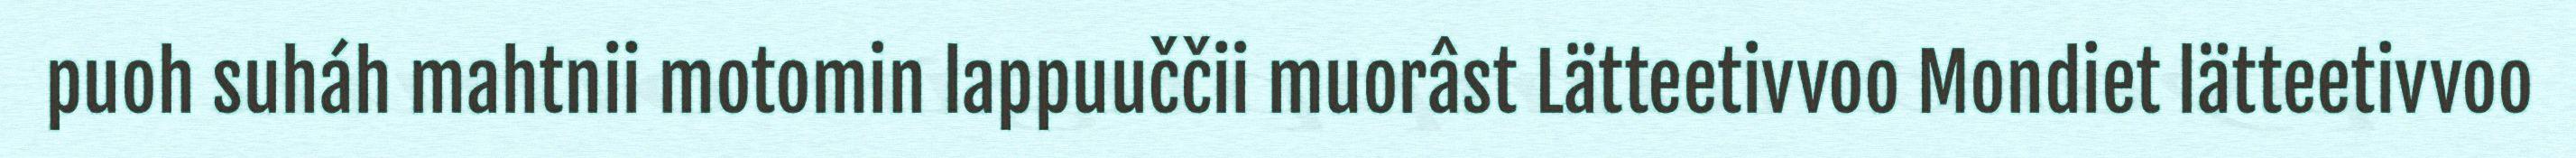
puoh suháh mahtnii motomin lappuuččii muorâst Lätteetivvoo Mondiet lätteetivvoo